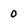
Character: 0